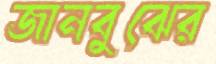
জানবুঝের